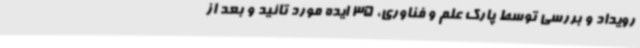
رویداد و بررسی توسط پارک علم و فناوری، 35 ایده مورد تائید و بعد از